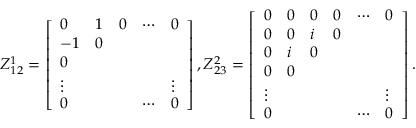
\begin{array} { r } { Z _ { 1 2 } ^ { 1 } = \left[ \begin{array} { l l l l l } { 0 } & { 1 } & { 0 } & { \cdots } & { 0 } \\ { - 1 } & { 0 } & & & \\ { 0 } & & & & \\ { \vphantom { \int ^ { 0 } } \smash [ t ] { \vdots } } & & & & { \vphantom { \int ^ { 0 } } \smash [ t ] { \vdots } } \\ { 0 } & & & { \cdots } & { 0 } \end{array} \right] , Z _ { 2 3 } ^ { 2 } = \left[ \begin{array} { l l l l l l } { 0 } & { 0 } & { 0 } & { 0 } & { \cdots } & { 0 } \\ { 0 } & { 0 } & { i } & { 0 } & & \\ { 0 } & { i } & { 0 } & & & \\ { 0 } & { 0 } & & & & \\ { \vphantom { \int ^ { 0 } } \smash [ t ] { \vdots } } & & & & & { \vphantom { \int ^ { 0 } } \smash [ t ] { \vdots } } \\ { 0 } & & & & { \cdots } & { 0 } \end{array} \right] . } \end{array}